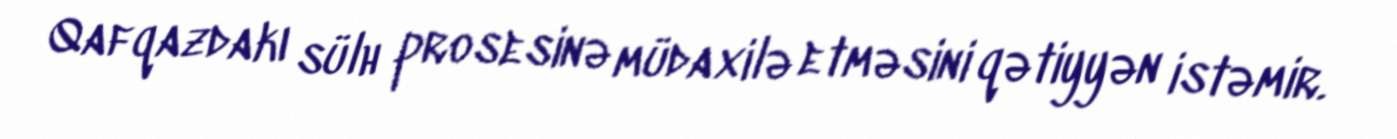
Qafqazdakı sülh prosesinə müdaxilə etməsini qətiyyən istəmir.